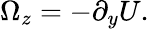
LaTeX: \Omega_{z}=-\partial_{y}U.